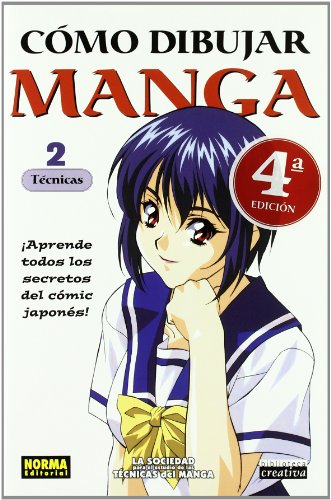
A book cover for Como Dibujar Manga 2  / How to Draw Manga 2: Tecnicas / Techniques (Como Dibujar Manga / How to Draw Manga) (Spanish Edition); Comics & Graphic Novels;